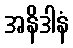
အနိဒါနံ